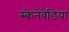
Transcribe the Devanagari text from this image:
स्केनेवेडिया